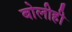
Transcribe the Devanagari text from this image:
बोलीही